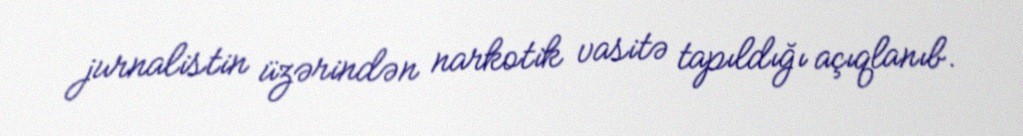
jurnalistin üzərindən narkotik vasitə tapıldığı açıqlanıb.